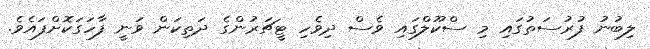
ލިބުނު ފުރުސަތުގައި މި ސްކޫލްގައި ވެސް ދިވެހި ޓީޗަރުންގެ ދަތިކަން ވަނީ ފާހަގަކޮށްފައެވެ.